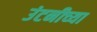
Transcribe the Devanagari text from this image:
उंटनीच्या